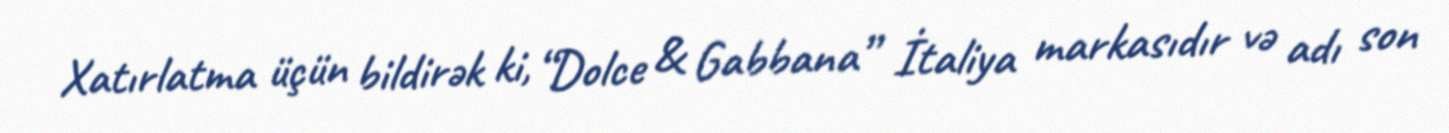
Xatırlatma üçün bildirək ki, “Dolce & Gabbana” İtaliya markasıdır və adı son